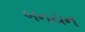
બનયન